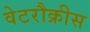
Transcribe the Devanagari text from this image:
वेटरौक्रीस